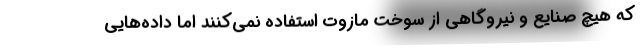
که هیچ صنایع و نیروگاهی از سوخت مازوت استفاده نمی‌کنند اما داده‌هایی